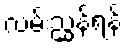
လမ်းညွှန်ရန်